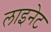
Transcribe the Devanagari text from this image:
लाइनेट